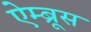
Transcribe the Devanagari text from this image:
ऐम्ब्रूस